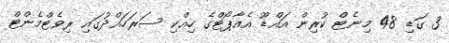
3 ގަޑި 48 މިނެޓް ކުރިން އައްޑޫ އެއާޕޯޓްގެ ހިއްކި ސަރަހައްދުގައި ރިވެޓްމެންޓް